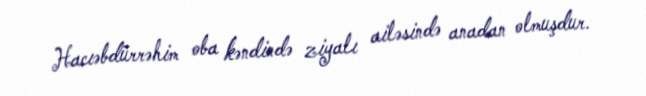
Hacıəbdürrəhim oba kəndində ziyalı ailəsində anadan olmuşdur.